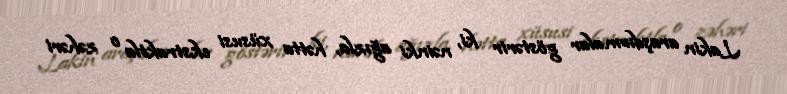
Lakin araşdırmalar göstərir ki, nəinki ağızla, hətta xüsusi ekstraktla o zəhəri